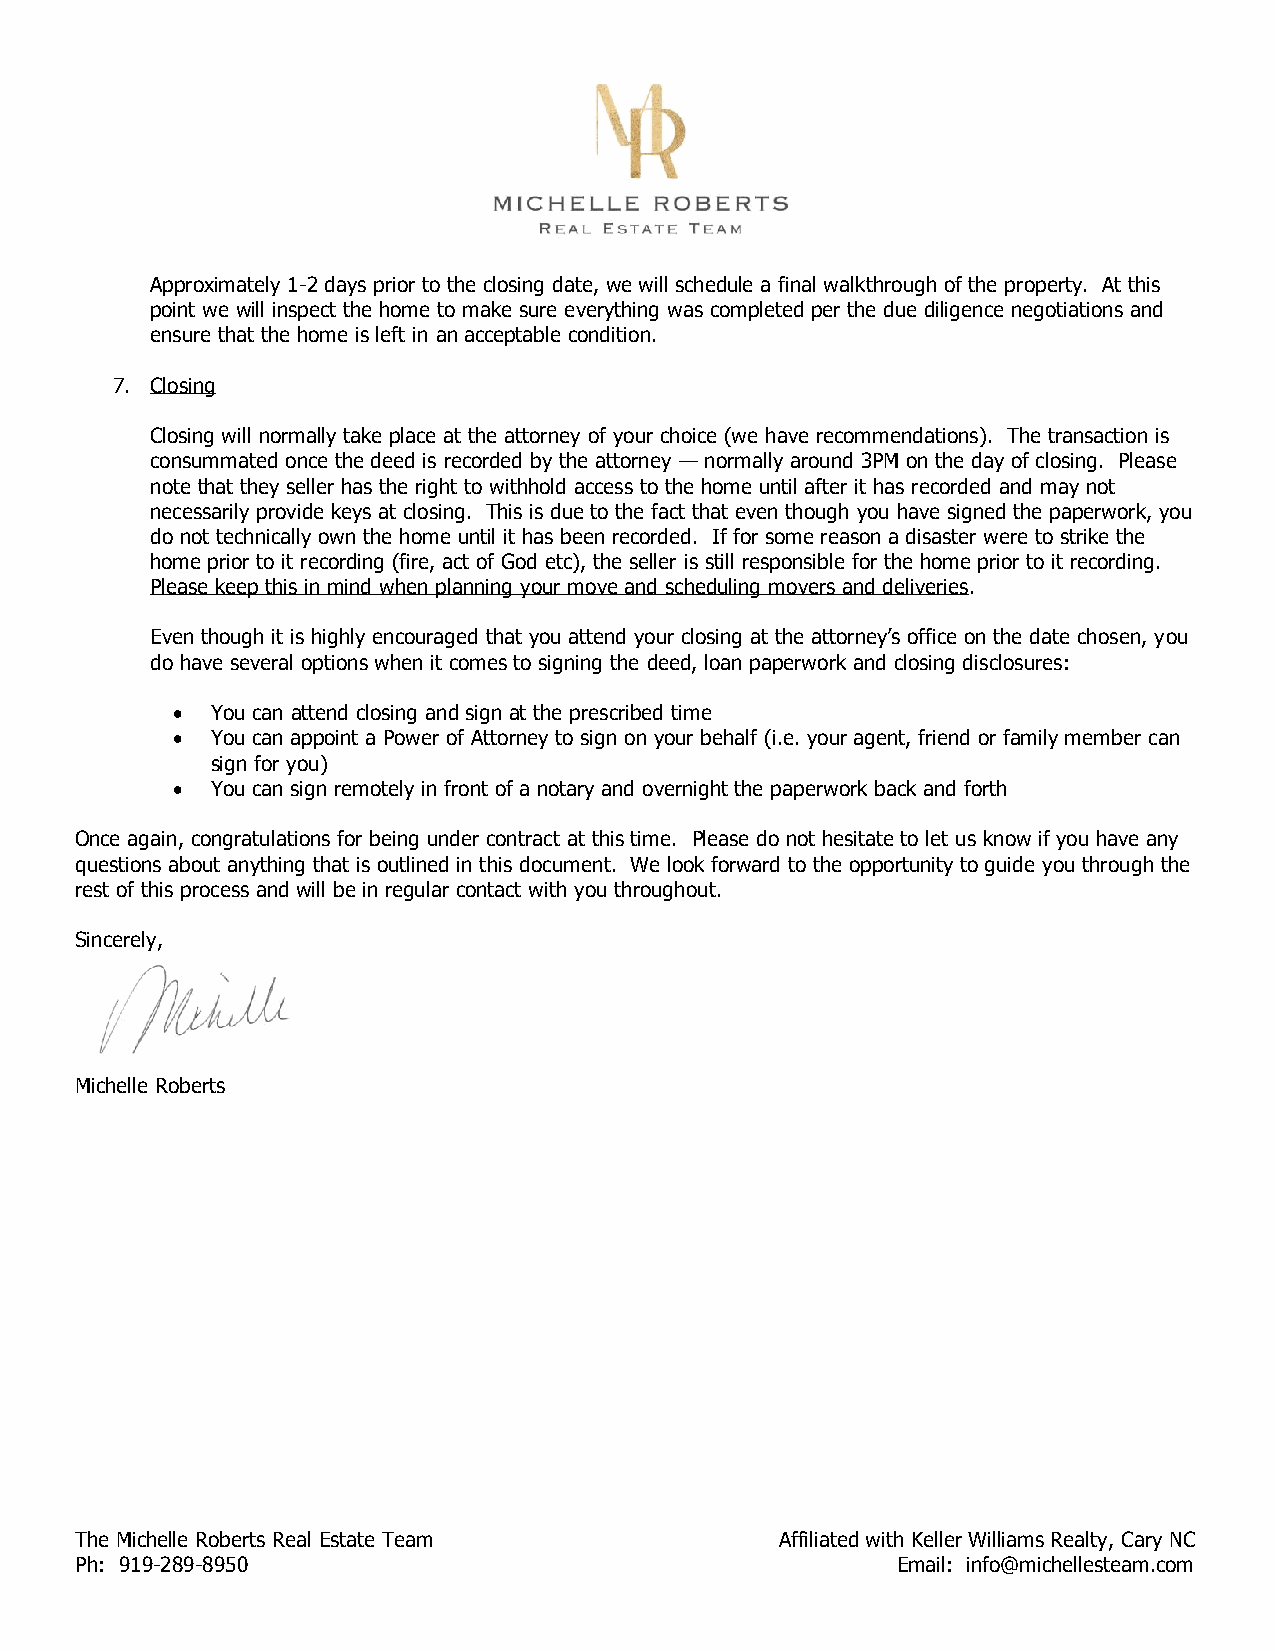
Approximately 1-2 days prior to the closing date, we will schedule a final walkthrough of the property. At this
 point we will inspect the home to make sure everything was completed per the due diligence negotiations and
 ensure that the home is left in an acceptable condition.
 7. Closing
 Closing will normally take place at the attorney of your choice (we have recommendations). The transaction is
 consummated once the deed is recorded by the attorney — normally around 3PM on the day of closing. Please
 note that they seller has the right to withhold access to the home until after it has recorded and may not
 necessarily provide keys at closing. This is due to the fact that even though you have signed the paperwork, you
 do not technically own the home until it has been recorded. If for some reason a disaster were to strike the
 home prior to it recording (fire, act of God etc), the seller is still responsible for the home prior to it recording.
 Please keep this in mind when planning your move and scheduling movers and deliveries.
 Even though it is highly encouraged that you attend your closing at the attorney’s office on the date chosen, you
 do have several options when it comes to signing the deed, loan paperwork and closing disclosures:
 •  You can attend closing and sign at the prescribed time
 •  You can appoint a Power of Attorney to sign on your behalf (i.e. your agent, friend or family member can
 sign for you)
 •  You can sign remotely in front of a notary and overnight the paperwork back and forth
 Once again, congratulations for being under contract at this time. Please do not hesitate to let us know if you have any
 questions about anything that is outlined in this document. We look forward to the opportunity to guide you through the
 rest of this process and will be in regular contact with you throughout.
 Sincerely,
 Michelle Roberts
 The Michelle Roberts Real Estate Team          Affiliated with Keller Williams Realty, Cary NC
 Ph: 919-289-8950                                      Email: info@michellesteam.com